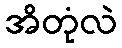
အိတုံလဲ